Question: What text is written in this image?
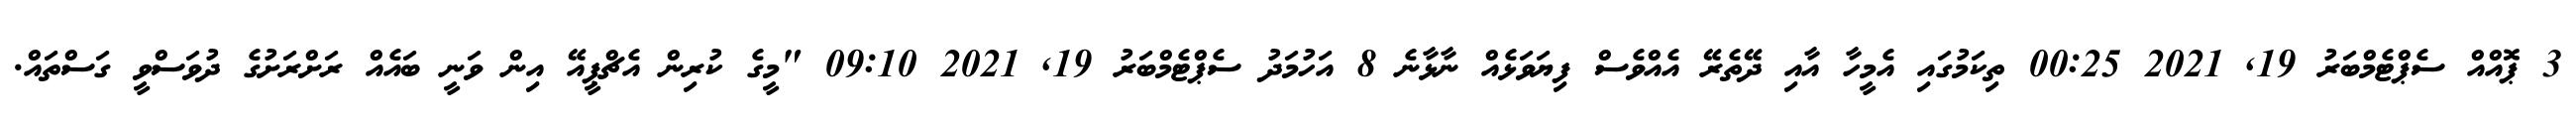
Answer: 3 ޕޮއްއް ސެޕްޓެމްބަރު 19, 2021 00:25 ތިކަމުގައި އެމީހާ އާއި ދޭތެރޭ އެއްވެސް ފިޔަވަޅެއް ނާޅާނެ 8 އަހުމަދު ސެޕްޓެމްބަރު 19, 2021 09:10 "މީގެ ކުރިން އެޗްޕީއޭ އިން ވަނީ ބައެއް ރަށްރަށުގެ ދުވަސްވީ ގަސްތައް.